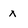
Character: x